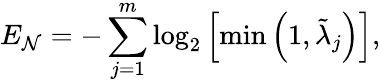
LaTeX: E_{\mathcal{N}}=-\sum_{j=1}^{m}\log_{2}\left[\operatorname*{min}\left(1,\tilde{\lambda}_{j}\right)\right],